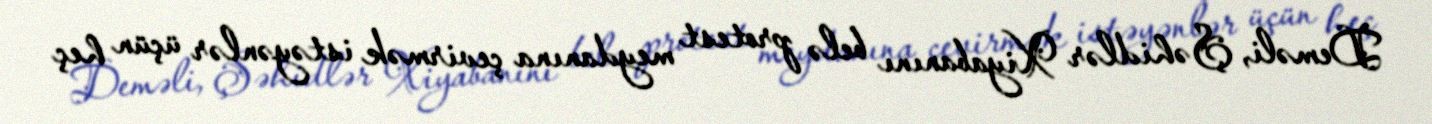
Deməli, Şəhidlər Xiyabanını belə protest meydanına çevirmək istəyənlər üçün heç